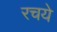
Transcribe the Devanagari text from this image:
रचये